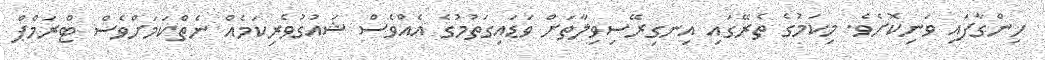
ހިންގާފައި ވަނިކޮށެވެ. މިކަމުގެ ތެރޭގައި އިނގިރޭސިވިލާތަށް ވަޑައިގަތުމުގެ އެއްވެސް ޝައުގުވެރިކަމެއް ނެތްކަމަށްވެސް ޓްރަމްޕް